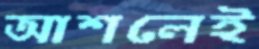
আশলেই